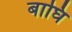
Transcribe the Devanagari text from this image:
बाघि